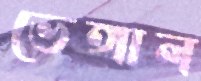
ভেঙ্গাল